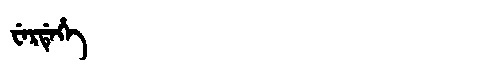
Manchu: ᠸᡝᡵᡩᡝᡥᡝ
Romanization: WERDEHE